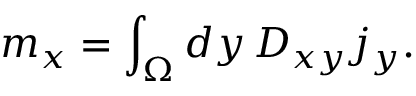
m _ { x } = \int _ { \Omega } d y \, D _ { x y } j _ { y } .